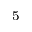
_ 5